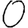
Digit: 0